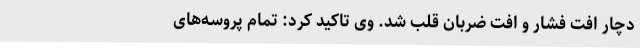
دچار اُفت فشار و اُفت ضربان قلب شد. وی تاکید کرد: تمام پروسه‌های